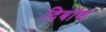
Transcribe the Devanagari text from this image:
दिबॉश